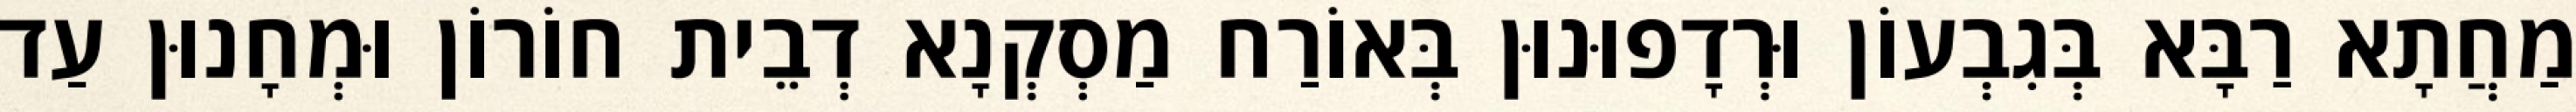
מַחֲתָא רַבָּא בְּגִבְעוֹן וּרְדָפוּנוּן בְּאוֹרַח מַסְקְנָא דְבֵית חוֹרוֹן וּמְחָנוּן עַד